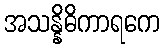
အသန္နိဓိကာရကေ